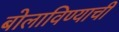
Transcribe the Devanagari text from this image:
बोलाविण्याची